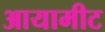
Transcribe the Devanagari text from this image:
आयामीट